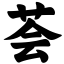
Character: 荟